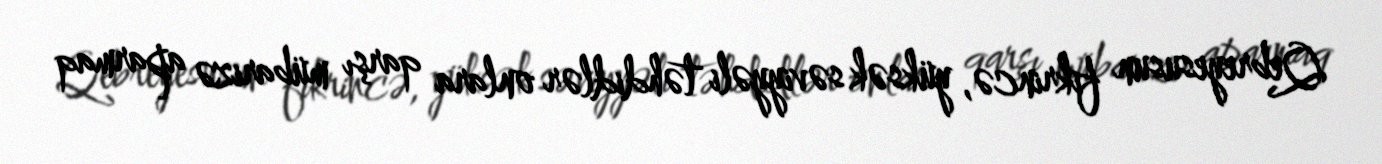
Qebreyesusun fikrincə, yüksək səviyyəli təhdidlər onlara qarşı mübarizə aparmaq